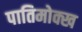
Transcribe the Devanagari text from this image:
पातिमोक्ख